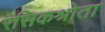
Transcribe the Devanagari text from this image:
रसिकश्रोता